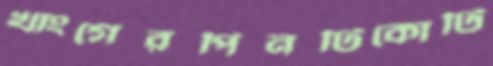
খাংগেরপিনটিকোটি